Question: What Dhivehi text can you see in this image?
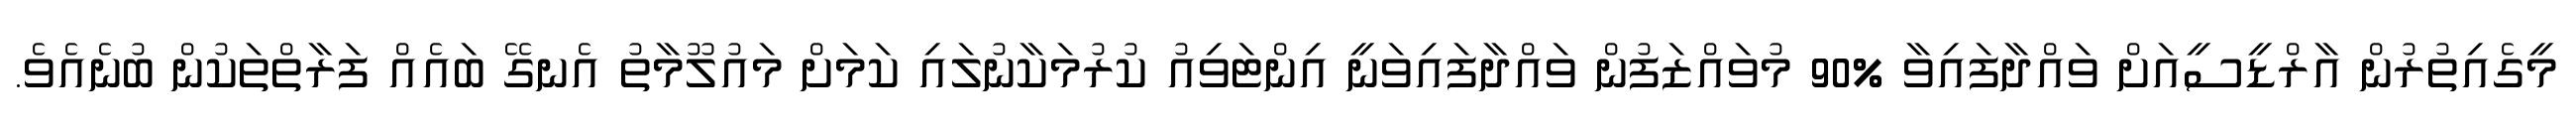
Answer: މީގެއިތުރުން އާރްޑީސީއަށް ވައްދާފައިވާ %90 މުވައްޒަފުން ވައްދާފައިވަނީ އިންޓަވިއު ކުރުމަކާނުލައި ކަމަށް މައުލޫމާތު އެނގޭ ބައެއް ފަރާތްތަކުން ބުނެއެވެ.